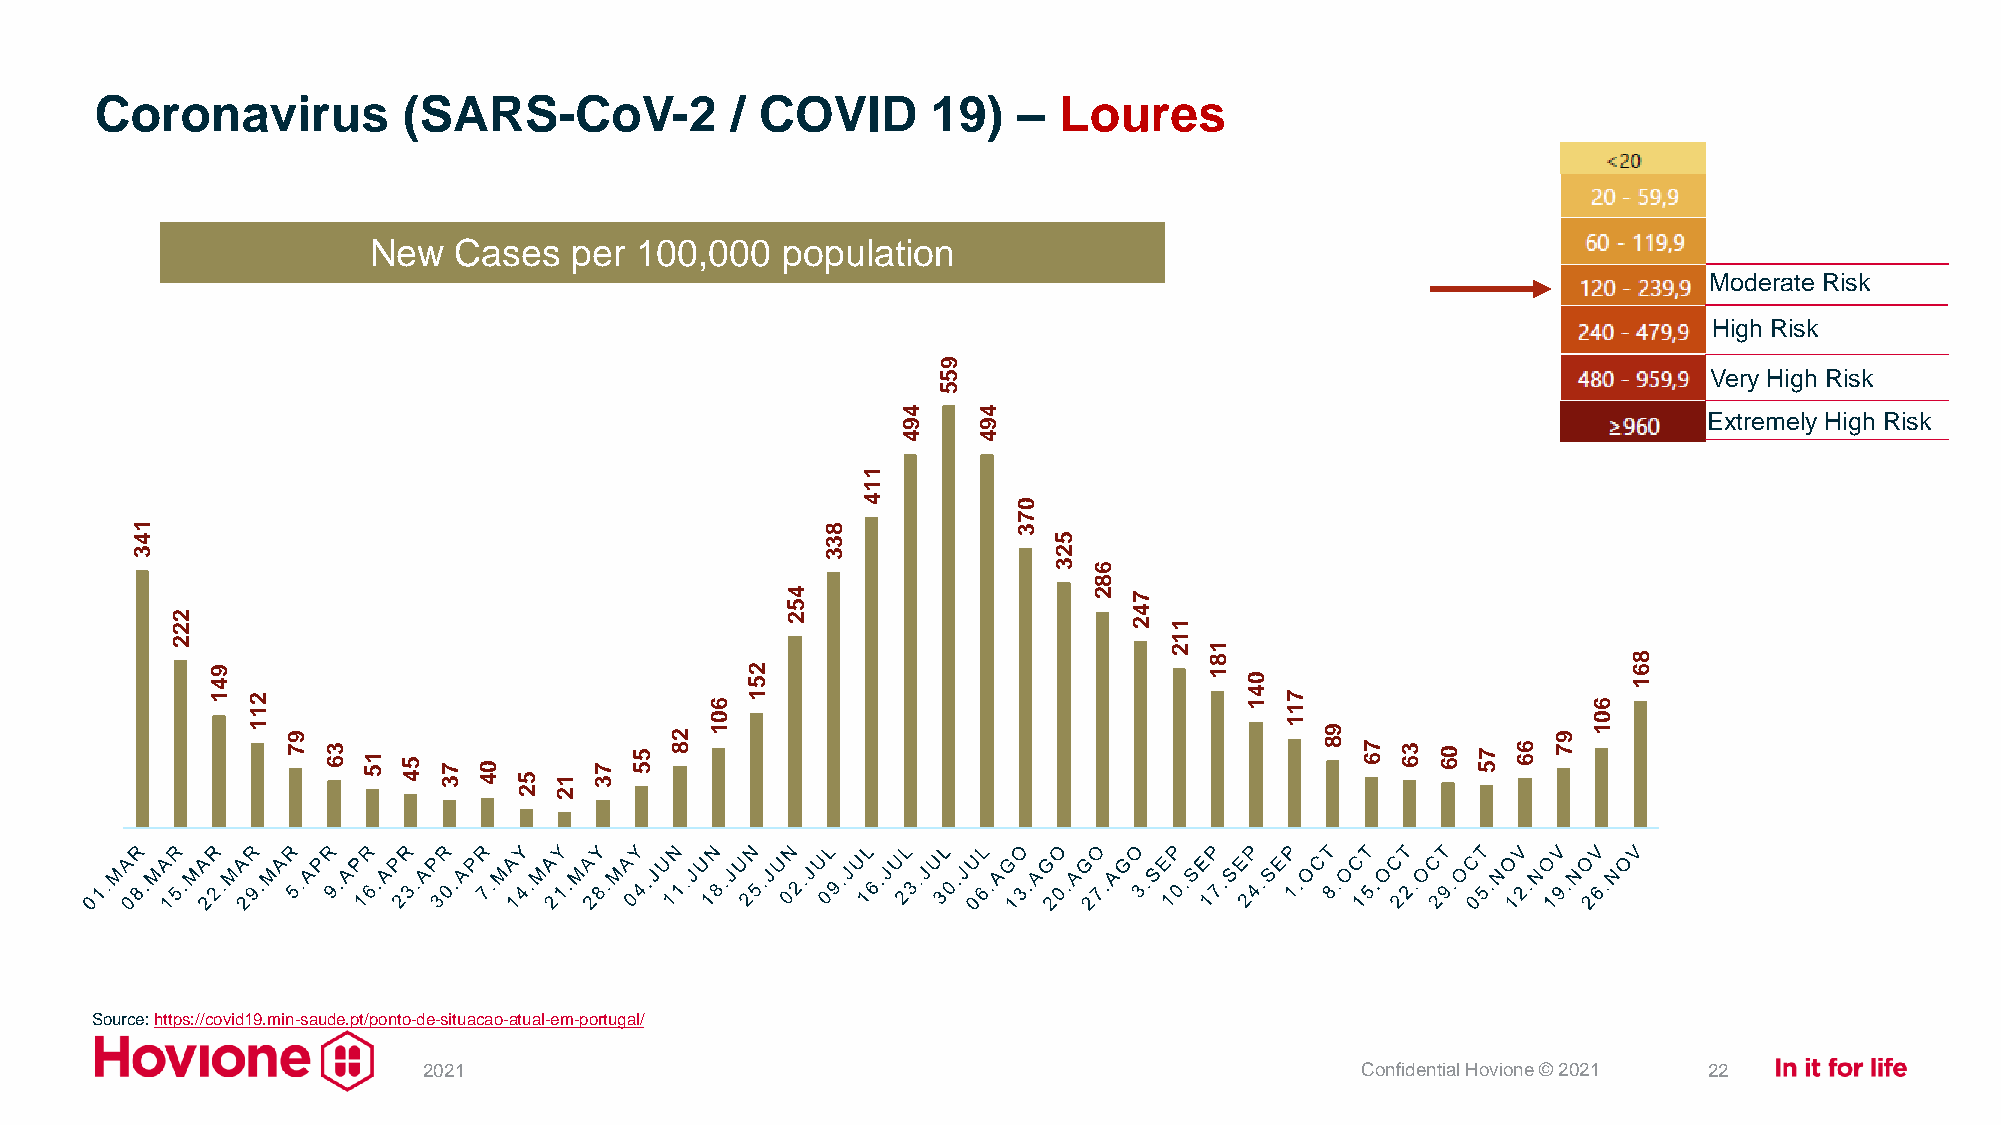
Coronavirus          (SARS-CoV-2          / COVID       19)  –  Loures
 New   Cases   per 100,000   population
 Moderate Risk
 High Risk
 9
 5                                                  Very High Risk
 5
 4    4
 9    9                                               Extremely High Risk
 4    4
 1
 1
 4         0
 7
 1                                             8           3
 4                                             3              5
 3                                             3              2
 3 6
 8
 4                   2  7
 2 2                                      5 2                    4 2 1
 2                                                                 1 2 1
 8                           8
 9 4                                2 5                            1 0                         6 1
 1 2 1 1 9 7 3 6 1 5 5 4 7 3 0 4 5 1 7 3 5 5 2 8 6 0 1 1             4 1 7 1 1 9 8 7 6 3 6 0 6 7 5 6 6 9 7 6 0 1
 2  2
 Source: https://covid19.min-saude.pt/ponto-de-situacao-atual-em-portugal/
 2021                                                          Confidential Hovione © 2021 22